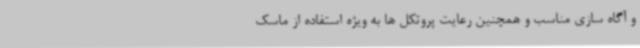
و آگاه سازی مناسب و همچنین رعایت پروتکل ها به ویژه استفاده از ماسک